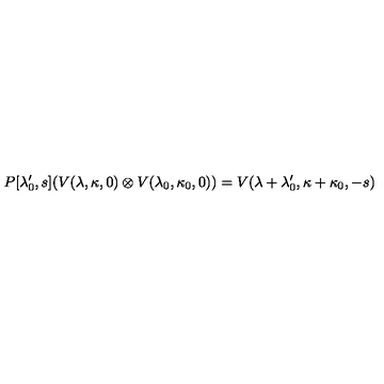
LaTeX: P [ \lambda _ { 0 } ^ { \prime } , s ] ( V ( \lambda , \kappa , 0 ) \otimes V ( \lambda _ { 0 } , \kappa _ { 0 } , 0 ) ) = { V } ( \lambda + \lambda _ { 0 } ^ { \prime } , \kappa + \kappa _ { 0 } , - s )